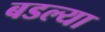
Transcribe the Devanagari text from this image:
बडल्या